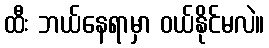
ထီး ဘယ်နေရာမှာ ဝယ်နိုင်မလဲ။